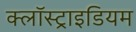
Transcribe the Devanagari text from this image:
क्लॉस्ट्राइडियम